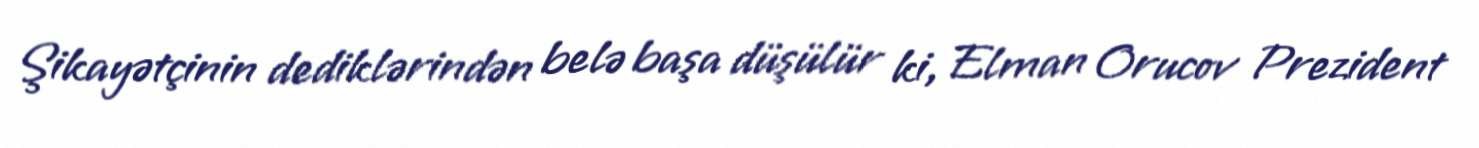
Şikayətçinin dediklərindən belə başa düşülür ki, Elman Orucov Prezident